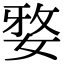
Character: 𭒀